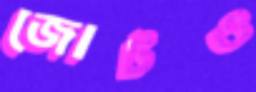
জোটও